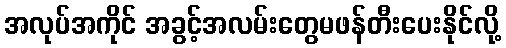
အလုပ်အကိုင် အခွင့်အလမ်းတွေမဖန်တီးပေးနိုင်လို့